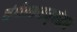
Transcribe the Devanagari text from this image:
संगीतसारामृतोद्धार